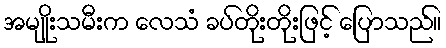
အမျိုးသမီးက လေသံ ခပ်တိုးတိုးဖြင့် ပြောသည်။